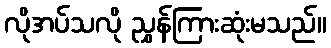
လိုအပ်သလို ညွှန်ကြားဆုံးမသည်။